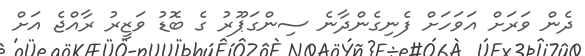
ދެން ވަރަށް އަވަހަށް ފެނިގެންދާނެ ސިންގަޕޫރު ގެ ބޮޑު ވަޒީރު ރާއްޖެ އަށް